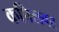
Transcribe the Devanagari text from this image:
कपिलवर